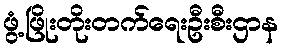
ဖွံ့ဖြိုးတိုးတက်ရေးဦးစီးဌာန